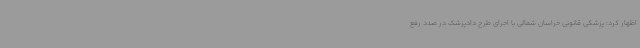
اظهار کرد: پزشکی قانونی خراسان شمالی با اجرای طرح دادپزشک در صدد رفع